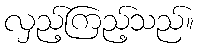
လှည့်ကြည့်သည်။